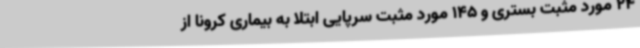
24 مورد مثبت بستری و 145 مورد مثبت سرپایی ابتلا به بیماری کرونا از